Indian journal of veterinary science and animal husbandry - Volumes 24-25, 1954-1955
Year: 1954
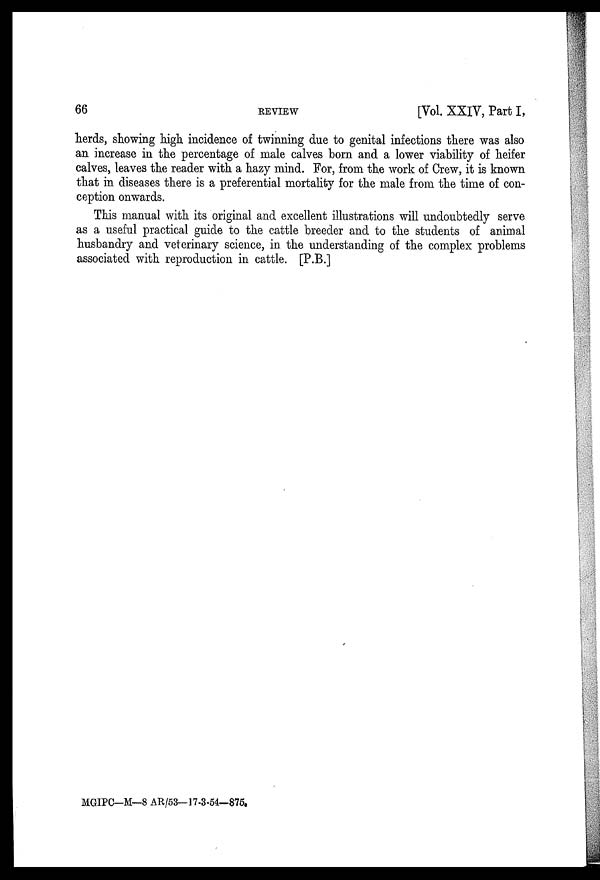
66
REVIEW
[Vol. XXIV, Part I,
herds, showing high incidence of twinning due to genital infections there was also
an increase in the percentage of male calves born and a lower viability of heifer
calves, leaves the reader with a hazy mind. For, from the work of Crew, it is known
that in diseases there is a preferential mortality for the male from the time of con-
ception onwards.
This manual with its original and excellent illustrations will undoubtedly serve
as a useful practical guide to the cattle breeder and to the students of animal
husbandry and veterinary science, in the understanding of the complex problems
associated with reproduction in cattle. [P.B.]
MGIPC—M—8 AR/53—17-3-54—875.